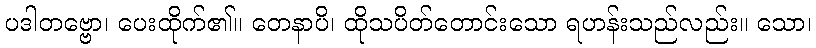
ပဒါတဗ္ဗော၊ ပေးထိုက်၏။ တေနာပိ၊ ထိုသပိတ်တောင်းသော ရဟန်းသည်လည်း။ သော၊